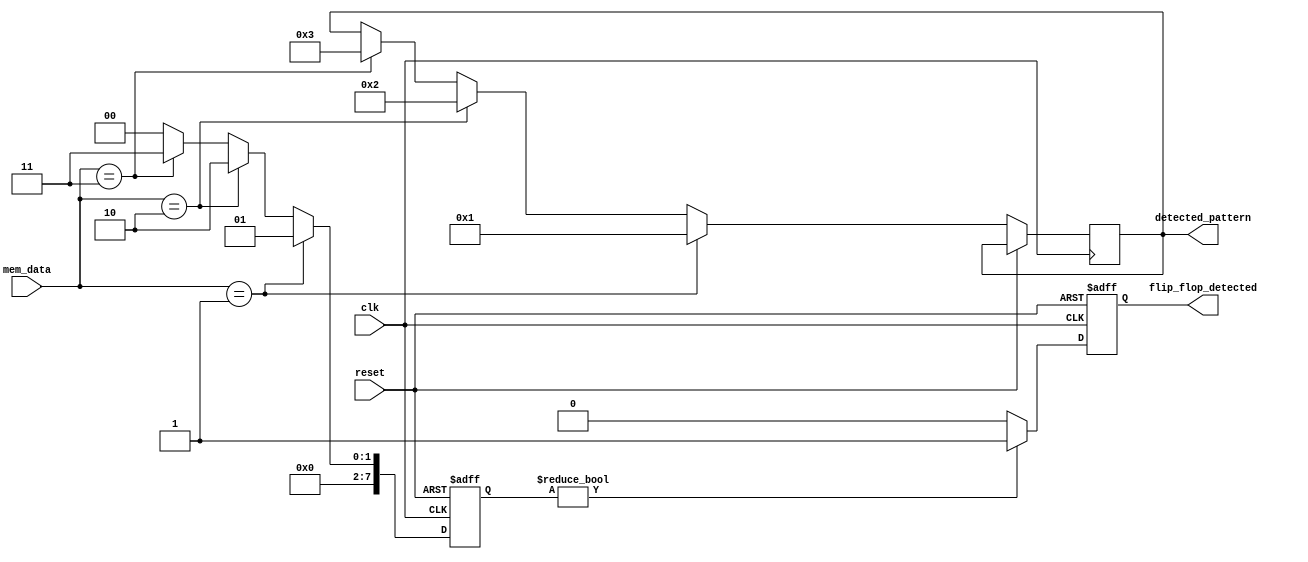
module flip_flop_detector (
    input wire clk,                  // Clock signal
    input wire reset,                // Reset signal
    input wire [7:0] mem_data,      // Memory block data input
    output reg flip_flop_detected,   // Flip-flop detected signal
    output reg [7:0] detected_pattern // Detected pattern (optional)
);

// Parameter definitions for expected flip-flop patterns
parameter FLIP_FLOP_SET = 8'b00000001;
parameter FLIP_FLOP_RESET = 8'b00000010;
parameter FLIP_FLOP_TOGGLE = 8'b00000011;

// Internal signals for cascaded detection
reg [7:0] stage1_output;
reg [7:0] stage2_output;

// Stage 1: Pattern recognition module
always @(posedge clk or posedge reset) begin
    if (reset) begin
        stage1_output <= 8'b0; // Reset stage output
    end else begin
        // Recognize patterns in mem_data
        if (mem_data == FLIP_FLOP_SET) begin
            stage1_output <= FLIP_FLOP_SET;
            detected_pattern <= FLIP_FLOP_SET; // Store detected pattern
        end else if (mem_data == FLIP_FLOP_RESET) begin
            stage1_output <= FLIP_FLOP_RESET;
            detected_pattern <= FLIP_FLOP_RESET; // Store detected pattern
        end else if (mem_data == FLIP_FLOP_TOGGLE) begin
            stage1_output <= FLIP_FLOP_TOGGLE;
            detected_pattern <= FLIP_FLOP_TOGGLE; // Store detected pattern
        end else begin
            stage1_output <= 8'b0; // No recognized pattern
        end
    end
end

// Stage 2: Cascaded detection logic
always @(posedge clk or posedge reset) begin
    if (reset) begin
        stage2_output <= 8'b0; // Reset stage output
        flip_flop_detected <= 1'b0; // Reset detected signal
    end else begin
        // Further analyze output from stage 1
        if (stage1_output != 8'b0) begin
            stage2_output <= stage1_output; // Pass output to the next stage
            flip_flop_detected <= 1'b1; // Flip-flop detected
        end else begin
            stage2_output <= 8'b0; // No flip-flop detected
            flip_flop_detected <= 1'b0; // Reset detected signal
        end
    end
end

endmodule